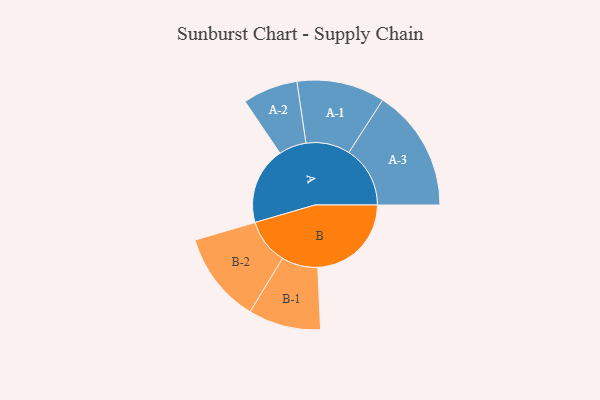
{"axis": {"x": "Segment", "y": "Value"}, "legend": ["", "A", "B"], "data": [{"x": "A", "y": 337, "type": ""}, {"x": "B", "y": 408, "type": ""}, {"x": "A-1", "y": 192, "type": "A"}, {"x": "A-2", "y": 120, "type": "A"}, {"x": "A-3", "y": 267, "type": "A"}, {"x": "B-1", "y": 158, "type": "B"}, {"x": "B-2", "y": 198, "type": "B"}]}